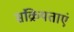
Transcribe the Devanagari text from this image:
संक्रियताएं